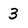
Character: 3